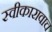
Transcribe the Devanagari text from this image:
स्वीकारावाच